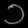
Digit: ၁